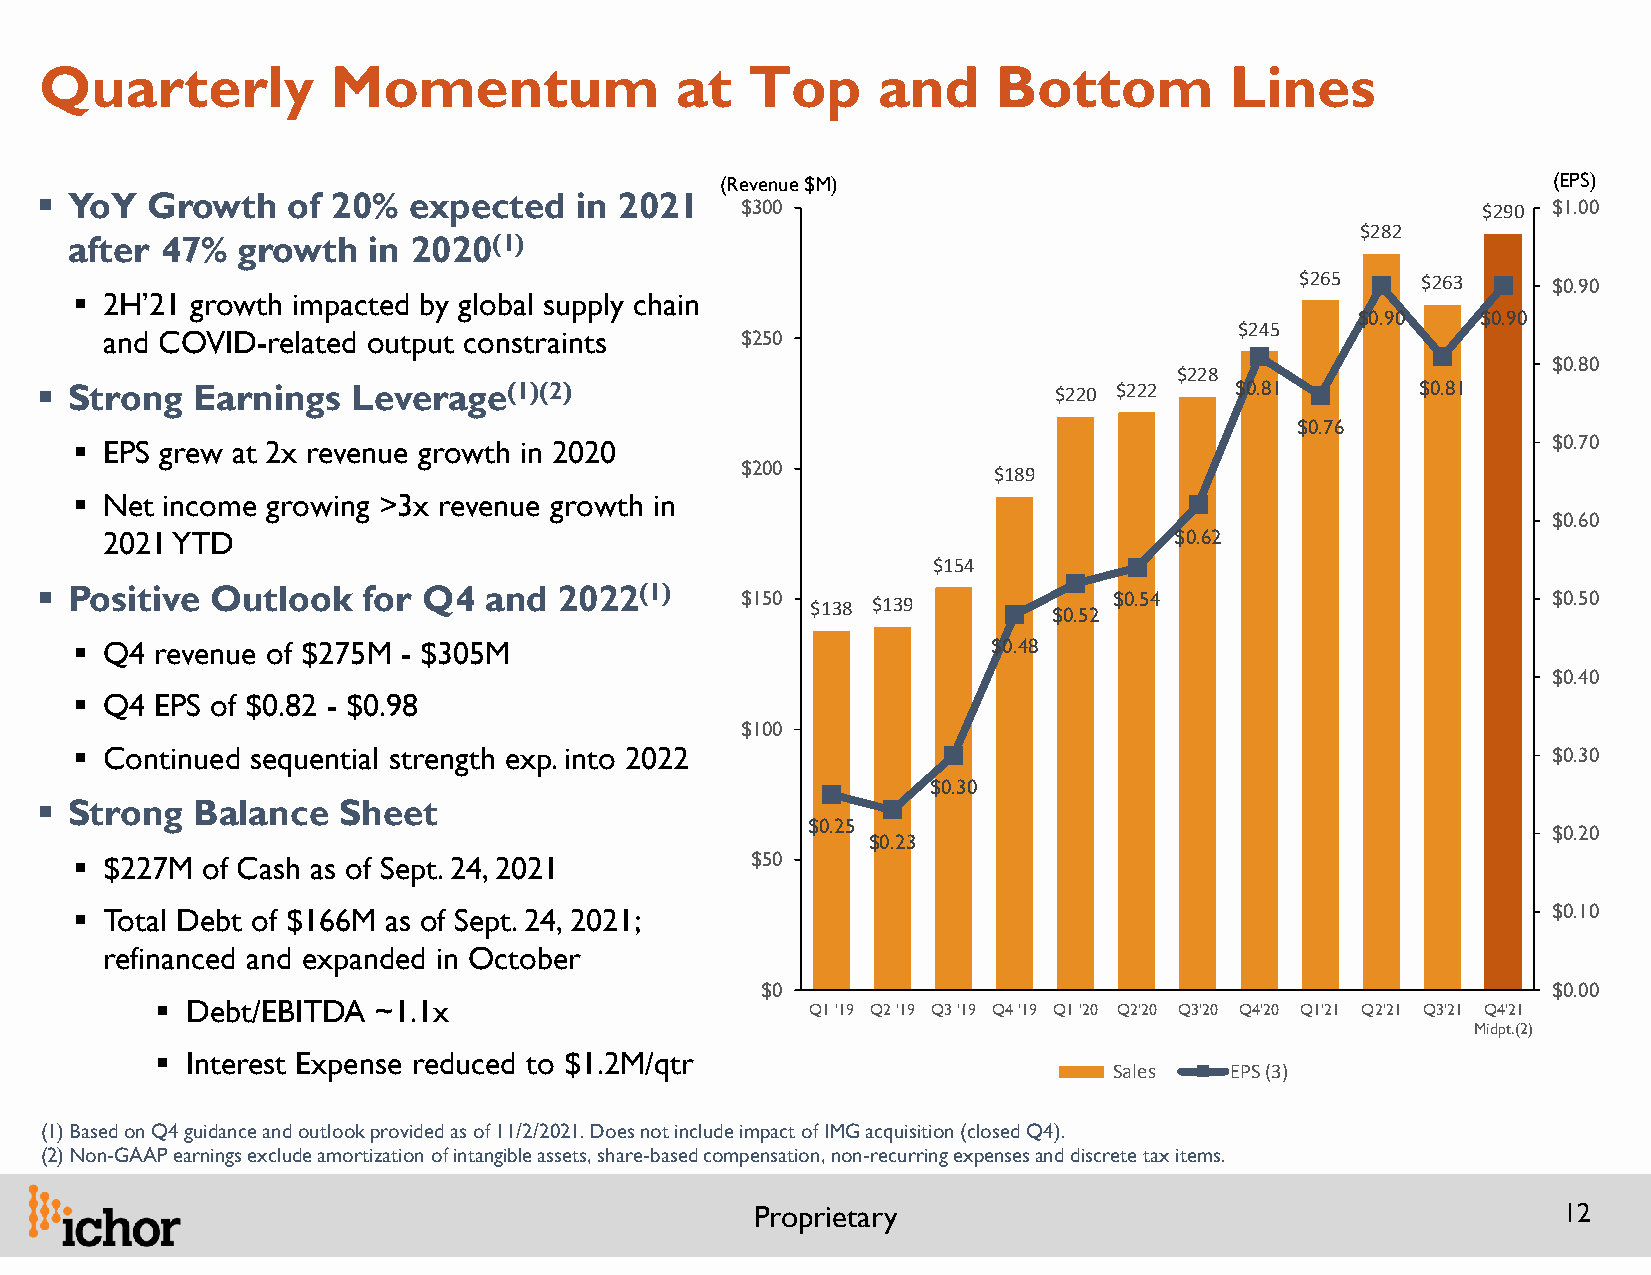
Quarterly          Momentum               at   Top     and     Bottom         Lines
 (Revenue $M)                                           (EPS)
   YoY  Growth   of 20%  expected   in 2021
 $300                                             $290 $1.00
 $282
 after 47%  growth  in 2020(1)
 $265    $263     $0.90
  2H’21 growth impacted by global supply chain
 $0.90   $0.90
 $245
 and COVID-related output constraints      $250
 $0.80
 $228
   Strong  Earnings  Leverage(1)(2)                                 $220 $222   $0.81       $0.81
 $0.76
  EPS grew at 2x revenue growth in 2020                                                           $0.70
 $200
 $189
  Net income growing >3x revenue growth in
 $0.60
 2021 YTD                                                               $0.62
 $154
   Positive Outlook   for Q4  and  2022(1)
 $150 $138 $139       $0.52 $0.54                      $0.50
  Q4 revenue of $275M - $305M                                $0.48
 $0.40
  Q4 EPS of $0.82 - $0.98
 $100
  Continued sequential strength exp. into 2022                                                    $0.30
 $0.30
   Strong  Balance  Sheet
 $0.25
 $0.20
 $0.23
  $227M of Cash as of Sept. 24, 2021         $50
  Total Debt of $166M as of Sept. 24, 2021;                                                       $0.10
 refinanced and expanded in October
 $0                                                   $0.00
  Debt/EBITDA  ~1.1x                        Q1 '19 Q2 '19 Q3 '19 Q4 '19 Q1 '20 Q2'20 Q3'20 Q4'20 Q1'21 Q2'21 Q3'21 Q4'21
 Midpt.(2)
  Interest Expense reduced to $1.2M/qtr
 Sales  EPS (3)
 (1) Based on Q4 guidance and outlook provided as of 11/2/2021. Does not include impact of IMG acquisition (closed Q4).
 (2) Non-GAAP earnings exclude amortization of intangible assets, share-based compensation, non-recurring expenses and discrete tax items.
 Proprietary                                          12